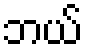
ဘယ်